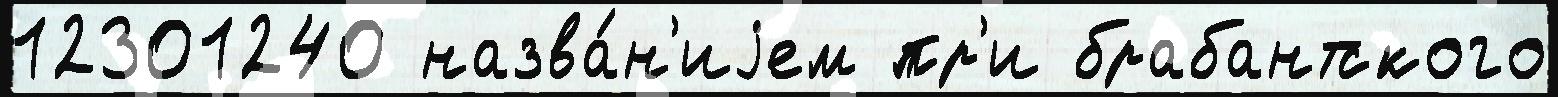
12301240 назва́н'иjем пр'и брабантского